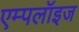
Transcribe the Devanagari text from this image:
एम्‍पलॉइज